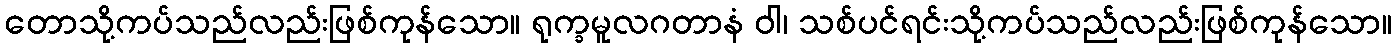
တောသို့ကပ်သည်လည်းဖြစ်ကုန်သော။ ရုက္ခမူလဂတာနံ ဝါ၊ သစ်ပင်ရင်းသို့ကပ်သည်လည်းဖြစ်ကုန်သော။